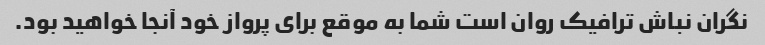
نگران نباش ترافیک روان است شما به موقع برای پرواز خود آنجا خواهید بود.